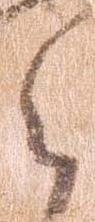
郎